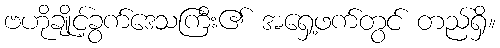
ဗဟိုချိုင့်ခွက်ဒေသကြီး၏ အရှေ့ဖက်တွင် တည်ရှိ။